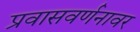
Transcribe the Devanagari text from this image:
प्रवासवर्णनावर